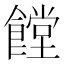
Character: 饄